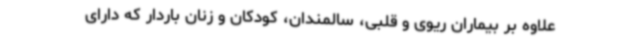
علاوه بر بیماران ریوی و قلبی، سالمندان، کودکان و زنان باردار که دارای